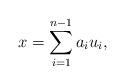
LaTeX: \begin{align*}x=\sum_{i=1}^{n-1}a_iu_i,\end{align*}